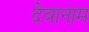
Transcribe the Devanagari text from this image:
देवानाम